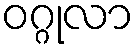
ဝဂ္ဂုလာ